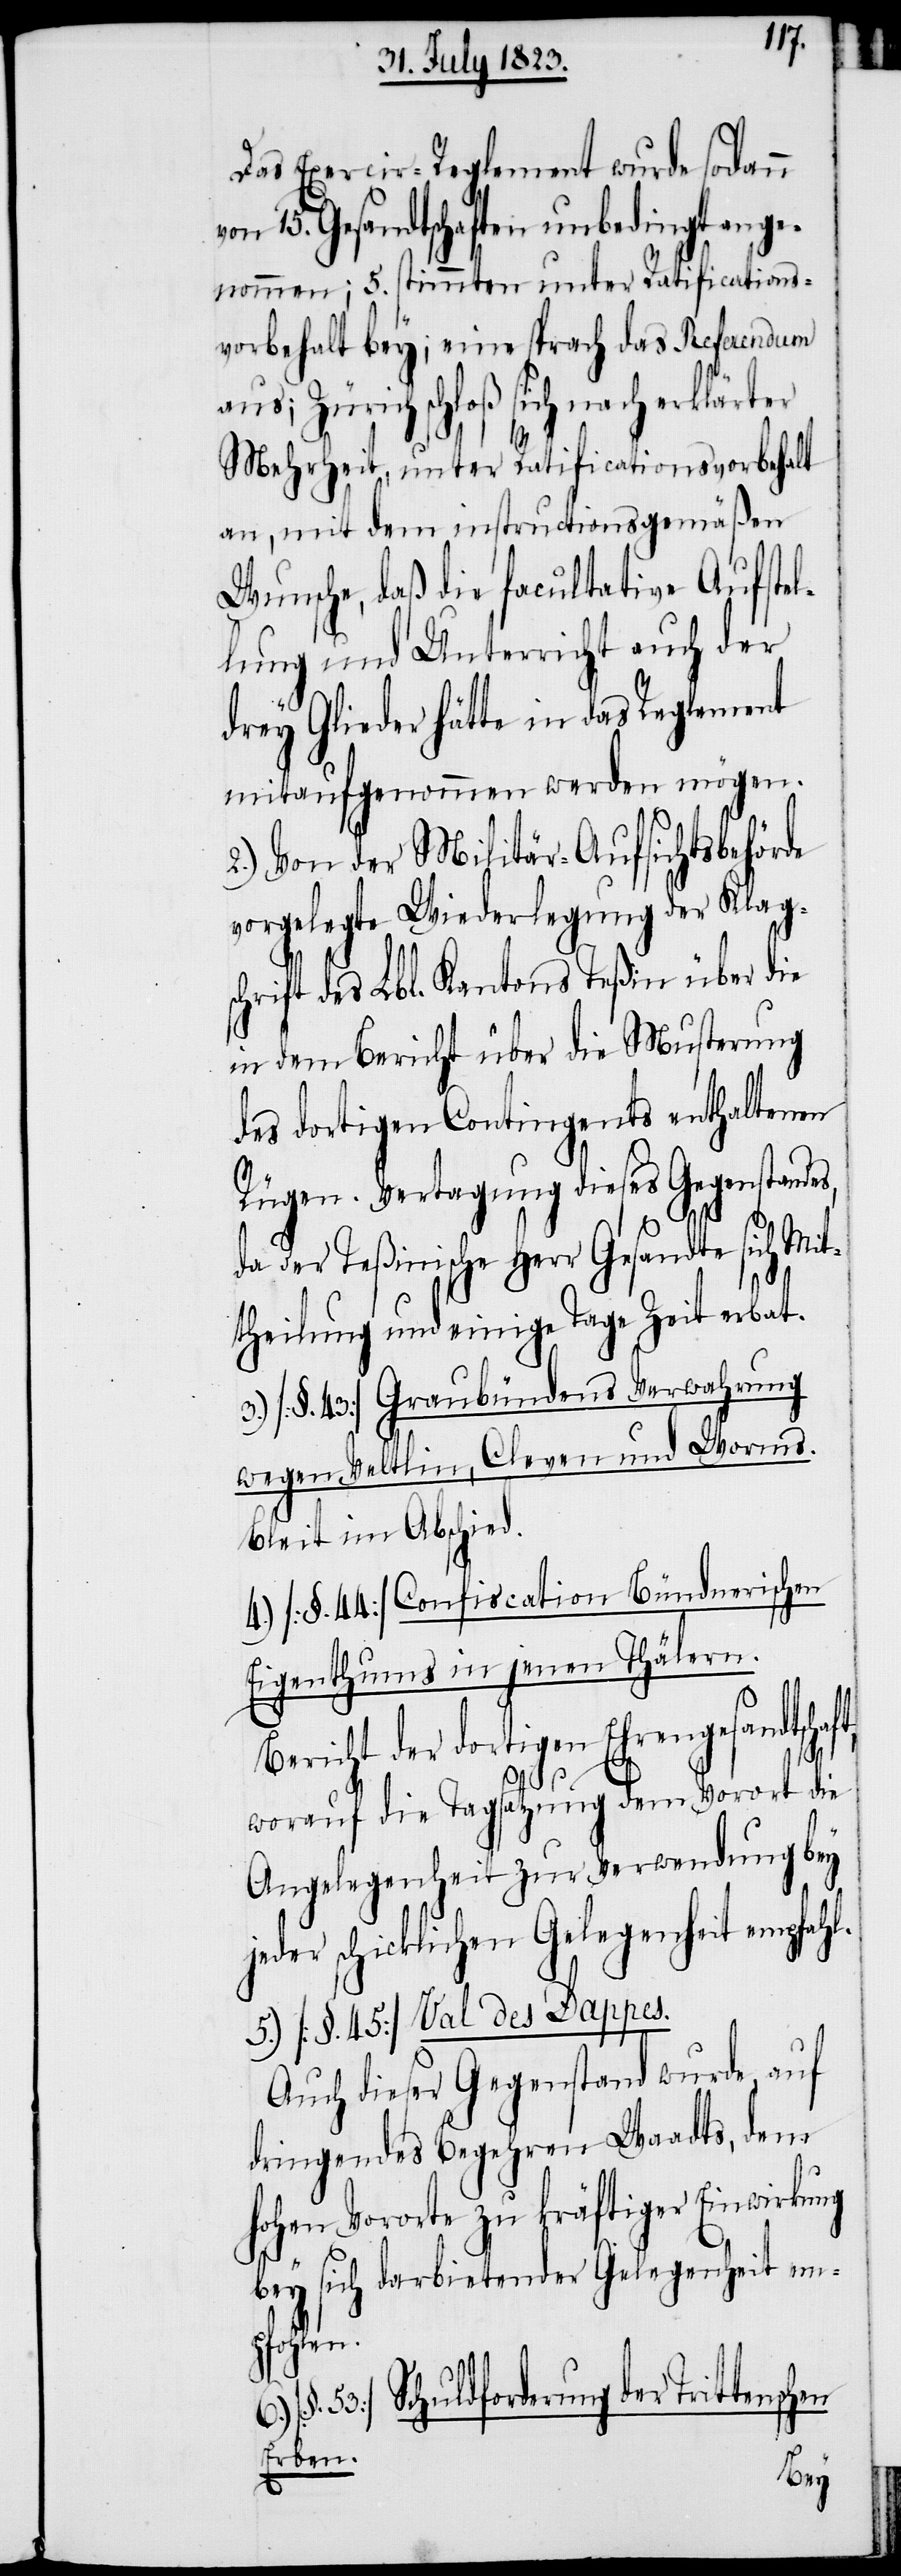
Das Exercir-Reglement wurde sodann
von 15. Gesandtschaften unbedingt ange¬
nommen; 5. stimmten unter Ratifications¬
vorbehalt bey; eine sprach das Referendum
Zürich schloß sich nach erklärter
Mehrheit, unter Ratificationsvorbehalt
an, mit dem instructionsgemäßen
Wunsche, daß die facultative Aufstel¬
lung und Unterricht auch der
drey Glieder hätte in das Reglement
mitaufgenommen werden mögen.
2.) Von der Militär-Aufsichtsbehörde
vorgelegte Wiederlegung der Klag¬
schrift des Lbl. Kantons Teßin über die
in dem Bericht über die Musterung
des dortigen Contingentes enthaltenen
Rügen. Vertagung dieses Gegenstandes,
da der Teßinische Herr Gesandte sich Mit¬
theilung und einige Tage Zeit erbat.
Graubündens Verwahrung
3.) [§. 43]
wegen Veltlin, Cleven und Worms.
Blei[b]t im Abschied.
4.) [§. 44] Confiscation Bündnerischen
Eigenthums in jenen Thälern.
Bericht der dortigen Ehrengesandtsch¬
aft,
worauf die Tagsatzung dem Vorort die
Angelegenheit zur Verwendung bey
jeder schicklichen Gelegenheit empfahl.
5.) [§. 45] Val des Dappes.
Auch dieser Gegenstand wurde, auf
dringendes Begehren Waadts, dem
hohen Vororte zu kräftiger Einwirkung
bey sich darbietender Gelegenheit em¬
pfohlen.
53] Schuldforderung der Trittenschen
Erben.